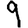
Digit: 9